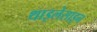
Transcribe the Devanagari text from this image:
थाइलेसाइन